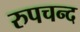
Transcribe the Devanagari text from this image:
रुपचन्द